Punjab Mental Hospital Lahore 1922-31 - 1922-1931
Year: 1922
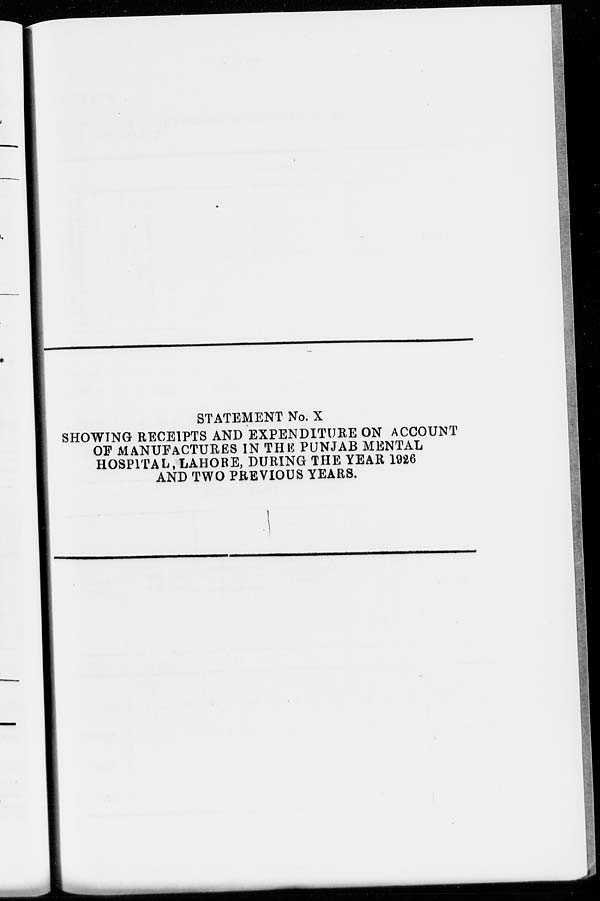
STATEMENT No. X
SHOWING RECEIPTS AND EXPENDITURE ON ACCOUNT
OF MANUFACTURES IN THE PUNJAB MENTAL
HOSPITAL, LAHORE, DURING THE YEAR 1926
AND TWO PREVIOUS YEARS.